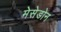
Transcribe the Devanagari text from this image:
मेसेडोन